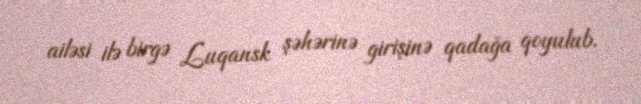
ailəsi ilə birgə Luqansk şəhərinə girişinə qadağa qoyulub.